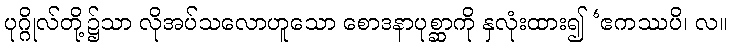
ပုဂ္ဂိုလ်တို့၌သာ လိုအပ်သလောဟူသော စောဒနာပုစ္ဆာကို နှလုံးထား၍ ‘ဧကဿပိ၊ လ။